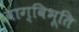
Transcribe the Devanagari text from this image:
वाग्विभूति